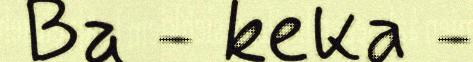
Ba - keka -